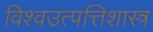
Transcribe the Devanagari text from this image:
विश्वउत्पत्तिशास्त्र